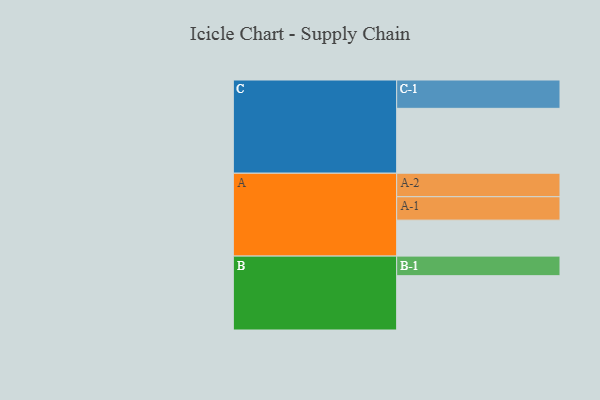
{"axis": {"x": "Segment", "y": "Value"}, "legend": ["", "A", "B", "C"], "data": [{"x": "A", "y": 320, "type": ""}, {"x": "B", "y": 483, "type": ""}, {"x": "C", "y": 577, "type": ""}, {"x": "A-1", "y": 208, "type": "A"}, {"x": "A-2", "y": 209, "type": "A"}, {"x": "B-1", "y": 174, "type": "B"}, {"x": "C-1", "y": 252, "type": "C"}]}